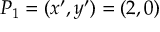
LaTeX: P _ { 1 } = ( x ^ { \prime } , y ^ { \prime } ) = ( 2 , 0 )